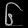
Digit: ၆